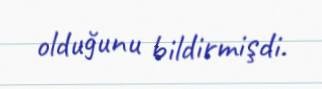
olduğunu bildirmişdi.